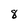
Character: 8